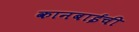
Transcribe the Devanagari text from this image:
कानबाईची